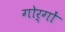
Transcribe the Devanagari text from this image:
गोर्गों